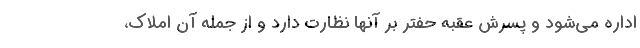
اداره می‌شود و پسرش عقبه حفتر بر آنها نظارت دارد و از جمله آن املاک،